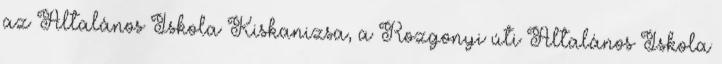
az Általános Iskola Kiskanizsa, a Rozgonyi úti Általános Iskola